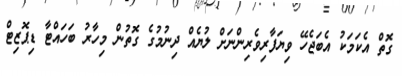
ގޮތް އެކަމަކު އެބަޖެހޭ ވިޔަފާރިވެރިންނަށް ލުޔެއް ދިނުމުގެ ގޮތުން މިހާރު ބަހައްޓާ ޑިޕޮޒިޓް